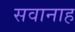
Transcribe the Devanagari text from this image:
सवानाह